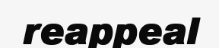
reappeal